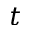
t